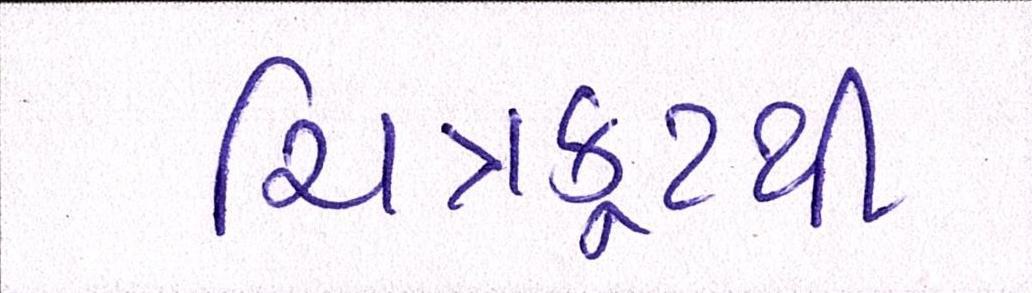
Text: ચિત્રકૂટથી